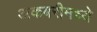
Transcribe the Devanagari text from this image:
अकबरीमध्ये